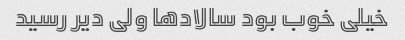
خیلی خوب بود سالاد‌ها ولی دیر رسید